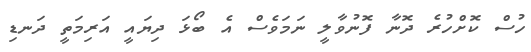
ހުސް ކޮށްހުރެ ދޮނާ ފޮނުވާލީ ނަމަވެސް އެ ބޯޅަ ދިޔައީ އަރިމަތީ ދަނޑި